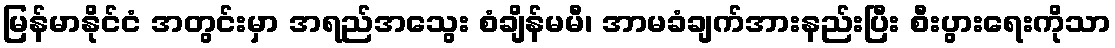
မြန်မာနိုင်ငံ အတွင်းမှာ အရည်အသွေး စံချိန်မမီ၊ အာမခံချက်အားနည်းပြီး စီးပွားရေးကိုသာ